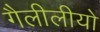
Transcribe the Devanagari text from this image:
गैलीलीयो